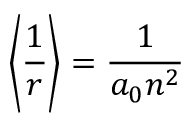
\left\langle { \frac { 1 } { r } } \right\rangle = { \frac { 1 } { a _ { 0 } n ^ { 2 } } }